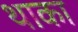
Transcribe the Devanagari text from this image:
थाका